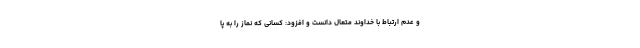
و عدم ارتباط با خداوند متعال دانست و افزود: کسانی که نماز را به پا